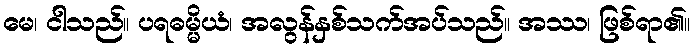
မေ၊ ငါသည်။ ပရဓမ္မိယံ၊ အလွန်နှစ်သက်အပ်သည်။ အဿ၊ ဖြစ်ရာ၏။